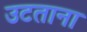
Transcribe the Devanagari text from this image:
उटताना